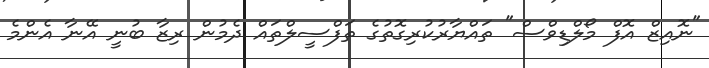
"ނޮއިޒް އޮފް މޯލްޑިވްސް" ތައްޔާރުކުރިގޮތުގެ ތަފްސީލްތައް ދެމުން ރިޒާ ބުނީ އޭނާ އެންމެ